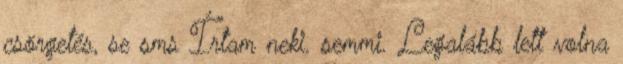
csörgetés, se sms Írtam neki. semmi. Legalább lett volna